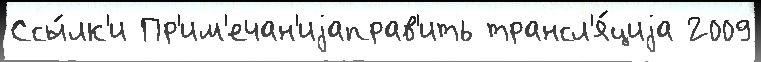
Ссы́лк'и Пр'им'ечан'иjаправ'ить трансл'я́циjа 2009